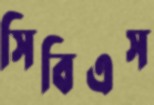
সিবিএস